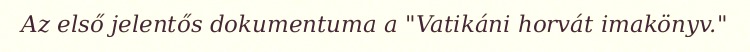
Az első jelentős dokumentuma a "Vatikáni horvát imakönyv."